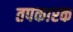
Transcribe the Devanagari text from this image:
तपकारक